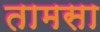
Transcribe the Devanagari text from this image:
तामसा